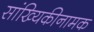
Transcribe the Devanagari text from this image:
सांख्यिकीनामक